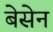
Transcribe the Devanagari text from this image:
बेसेन